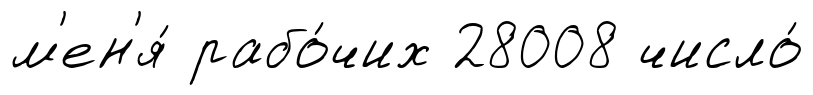
м'ен'я́ рабо́чих 28008 число́